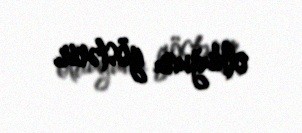
olduğunu göstərir.